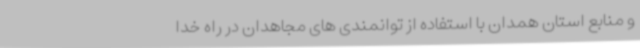
و منابع استان همدان با استفاده از توانمندی های مجاهدان در راه خدا